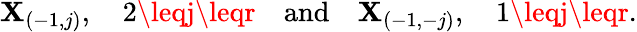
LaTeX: \mathbf{X}_{(-1,j)},\quad2\leqj\leqr\quad\mathrm{{and}}\quad\mathbf{X}_{(-1,-j)},\quad1\leqj\leqr.